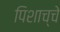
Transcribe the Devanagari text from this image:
पिशाच्चे